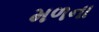
મળના